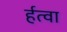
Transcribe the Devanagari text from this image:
र्हत्वा